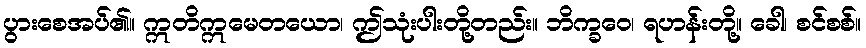
ပွားစေအပ်၏။ ဣတိဣမေတယော၊ ဤသုံးပါးတို့တည်း။ ဘိက္ခဝေ၊ ရဟန်းတို့။ ခေါ၊ စင်စစ်။